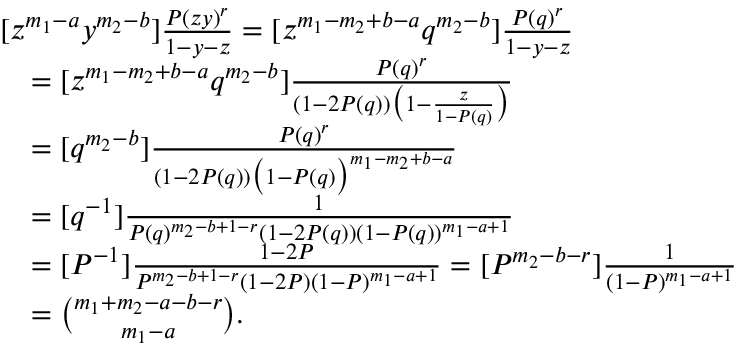
\begin{array} { r l } & { [ z ^ { m _ { 1 } - a } y ^ { m _ { 2 } - b } ] \frac { P ( z y ) ^ { r } } { 1 - y - z } = [ z ^ { m _ { 1 } - m _ { 2 } + b - a } q ^ { m _ { 2 } - b } ] \frac { P ( q ) ^ { r } } { 1 - y - z } } \\ & { \quad = [ z ^ { m _ { 1 } - m _ { 2 } + b - a } q ^ { m _ { 2 } - b } ] \frac { P ( q ) ^ { r } } { ( 1 - 2 P ( q ) ) \big ( 1 - \frac { z } { 1 - P ( q ) } \big ) } } \\ & { \quad = [ q ^ { m _ { 2 } - b } ] \frac { P ( q ) ^ { r } } { ( 1 - 2 P ( q ) ) \big ( 1 - P ( q ) \big ) ^ { m _ { 1 } - m _ { 2 } + b - a } } } \\ & { \quad = [ q ^ { - 1 } ] \frac { 1 } { P ( q ) ^ { m _ { 2 } - b + 1 - r } ( 1 - 2 P ( q ) ) ( 1 - P ( q ) ) ^ { m _ { 1 } - a + 1 } } } \\ & { \quad = [ P ^ { - 1 } ] \frac { 1 - 2 P } { P ^ { m _ { 2 } - b + 1 - r } ( 1 - 2 P ) ( 1 - P ) ^ { m _ { 1 } - a + 1 } } = [ P ^ { m _ { 2 } - b - r } ] \frac { 1 } { ( 1 - P ) ^ { m _ { 1 } - a + 1 } } } \\ & { \quad = \binom { m _ { 1 } + m _ { 2 } - a - b - r } { m _ { 1 } - a } . } \end{array}